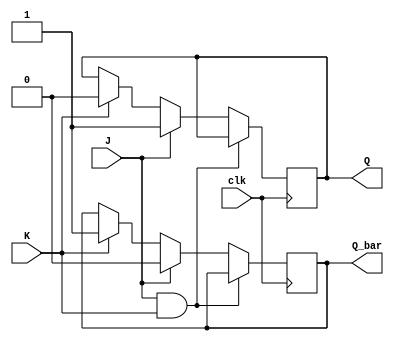
module jk_flip_flop (
    input wire clk,
    input wire J,
    input wire K,
    output reg Q,
    output reg Q_bar
);

reg Q_next, Q_bar_next;

always @(posedge clk) begin
    if (J & K) begin
        Q_next <= Q;
        Q_bar_next <= Q_bar;
    end
    else if (J) begin
        Q_next <= 1'b1;
        Q_bar_next <= 1'b0;
    end
    else if (K) begin
        Q_next <= 1'b0;
        Q_bar_next <= 1'b1;
    end
    else begin
        Q_next <= Q;
        Q_bar_next <= Q_bar;
    end
end

always @(clk) begin
    Q <= Q_next;
    Q_bar <= Q_bar_next;
end

endmodule